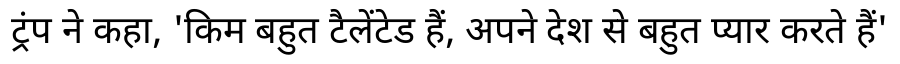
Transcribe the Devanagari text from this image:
ट्रंप ने कहा, 'किम बहुत टैलेंटेड हैं, अपने देश से बहुत प्यार करते हैं'